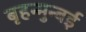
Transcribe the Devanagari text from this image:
बृहन्मुन्बई